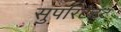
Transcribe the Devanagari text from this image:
सुपरिंटेंडंट